Lunatic asylums United Provinces 1899-1908 - 1899-1908
Year: 1899
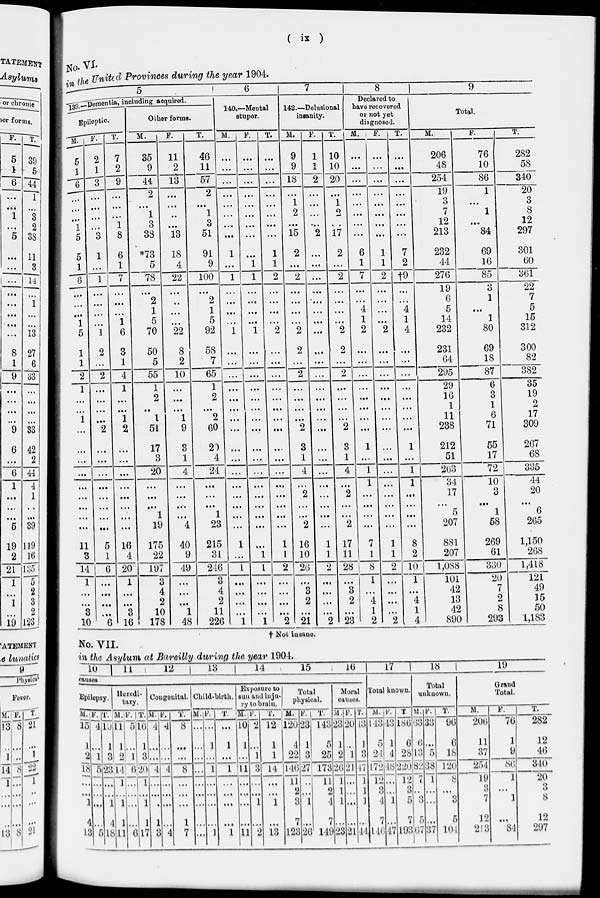
( ix )
No. VI.
in the United Provinces during the year 1904.
5
139-Dementia, including acquired.
Epileptic.
M.
5
1
6
...
...
...
1
5
5
1
6
...
...
...
1
5
1
1
2
1
...
...
1
...
...
...
...
...
...
...
...
...
11
3
14
1
...
...
3
10
F.
2
1
3
...
...
...
...
3
1
...
1
...
...
...
...
1
2
...
2
...
...
...
...
2
...
...
...
...
...
...
...
...
5
1
6
...
...
...
...
6
T.
7
2
9
...
...
...
1
8
6
1
7
...
...
...
1
6
3
1
4
1
...
...
1
2
...
...
...
...
...
...
...
...
16
4
20
1
...
...
3
16
Other forms.
M.
35
9
44
2
...
1
3
33
*73
5
78
...
2
1
5
70
50
5
55
1
2
...
1
51
17
3
20
...
...
...
1
19
175
22
197
3
4
2
10
178
F.
11
2
13
...
...
...
...
13
18
4
22
...
...
...
...
22
8
2
10
...
...
...
1
9
3
1
4
...
...
...
...
4
40
9
49
...
...
...
1
48
T.
46
11
57
2
...
1
3
51
91
9
100
...
2
1
5
92
58
7
65
1
2
...
2
60
20
4
24
...
...
...
1
23
215
31
246
3
4
2
11
226
6
140.—Mental
stupor.
M.
...
...
...
...
...
...
...
...
1
...
1
...
...
...
...
1
...
...
...
...
...
...
...
...
...
...
...
...
...
...
...
...
1
...
1
...
...
...
...
1
F.
...
...
...
...
...
...
...
...
...
1
1
...
...
...
...
1
...
...
...
...
...
...
...
...
...
...
...
...
...
...
...
...
...
1
1
...
...
...
...
1
T.
...
...
...
...
...
...
...
...
1
1
2
...
...
...
...
2
...
...
...
...
...
...
...
...
...
...
...
...
...
...
...
...
1
1
2
...
...
...
...
2
7
142.—Delusional
insanity.
M.
9
9
18
...
1
2
...
15
2
...
2
...
...
...
...
2
2
2 ...
...
...
...
...
2
3
1
4
...
2
...
...
2
16
10
26
...
3
2
...
21
F.
1
1
2
...
...
...
...
2
...
...
...
...
...
...
...
...
...
...
...
...
...
...
...
...
...
...
...
...
...
...
...
...
1
1
2
...
...
...
...
2
T.
10
10
20
...
1
2
...
17
2
...
2
...
...
...
...
2
2
...
2
...
...
...
...
2
3
1
4
...
2
...
...
2
17
11
28
...
3
2
...
23
8
Declared to
have recovered
or not yet
diagnosed.
M.
...
...
...
...
...
...
...
...
6
1
7
...
...
4
1
2
...
...
...
...
...
...
...
...
1
...
1
1
...
...
...
...
7
1
8
1
...
4
1
2
F.
...
...
...
...
...
...
...
...
1
1
2
...
...
...
...
2
...
...
...
...
...
...
...
...
...
...
...
...
...
...
...
1
1
2
...
...
...
...
2
T.
...
...
...
...
...
...
...
...
7
2
†9
...
...
4
1
4
...
...
...
...
...
...
...
...
1
...
1
1
...
...
...
...
8
2
10
1
...
4
1
4
9
Total.
M.
206
48
254
19
3
7
12
213
232
44
276
19
6
5
14
232
231
64
295
29
16
1
11
238
212
51
263
34
17
...
5
207
881
207
1,088
101
42
13
42
890
F.
76
10
86
1
...
1
...
84
69
16
85
3
1
...
1
80
69
18
87
6
3
1
6
71
55
17
72
10
3
...
1
58
269
61
330
20
7
2
8
293
T.
282
58
340
20
3
8
12
297
301
60
361
22
7
5
15
312
300
82
382
35
19
2
17
309
267
68
335
44
20
...
6
265
1,150
268
1,418
121
49
15
50
1,183
† Not insane.
No. VII.
in the Asylum at Bareilly during the year 1904.
10
11
12
13
14
15
16
causes
Epilepsy.
M.
15
1
2
18
...
...
1
4
13
F.
4
...
1
5
...
...
...
...
5
T.
19
1
3
23
...
...
1
4
18
Heredi-
tary.
M.
11
1
2
14
1
...
1
1
11
F.
5
...
1
6
...
...
...
...
6
T.
16
1
3
20
1
...
1
1
17
Congenital.
M.
4
...
...
4
...
...
...
1
3
F.
4
...
...
4
...
...
...
...
4
T.
8
...
...
8
...
...
...
1
7
Child-birth.
M.
...
...
...
...
...
...
...
...
...
F.
...
1
...
1
...
...
...
...
1
T.
...
1
...
1
...
...
...
...
1
Exposure to
sun and inju-
ry to brain.
M.
10
1
...
11
...
...
...
...
11
F.
2
...
1
3
...
...
1
...
2
T.
12
1
1
14
...
...
1
...
13
Total
physical.
M.
120
4
22
140
11
2
3
7
123
F.
23
1
3
27
...
...
1
...
26
T.
143
5
25
173
11
2
4
7
149
Moral
Causes.
M.
23
1
2
26
1
1
1
...
23
F.
20
...
1
21
...
...
...
...
21
T.
13
1
3
17
1
1
1
...
14
17
Total known.
M.
143
5
24
172
12
3
...
7
146
F.
13
1
4
18
...
...
1
...
17
T
186
6
28
220
12
3
5
7
193
18
Total
unknown.
M.
63
6
13
82
...
...
3
5
67
F.
33
...
5
38
1
...
...
...
37
T.
96
6
18
120
8
...
3
5
104
19
Grand
Total.
M.
206
11
37
254
19
3
7
12
213
F.
76
1
9
86
1
...
1
...
84
T.
282
12
46
34
20
3
8
12
297